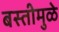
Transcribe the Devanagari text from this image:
बस्तीमुळे